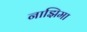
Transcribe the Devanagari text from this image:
नाझिमा